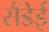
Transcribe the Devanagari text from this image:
सैंडेई